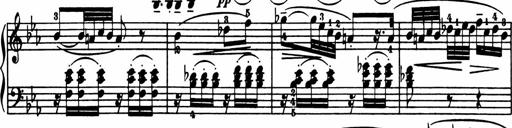
Title: Sonatina in G major
Composer: Friedrich Kuhlau
Key: G major